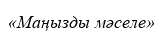
«Маңызды мәселе»